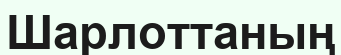
Шарлоттаның